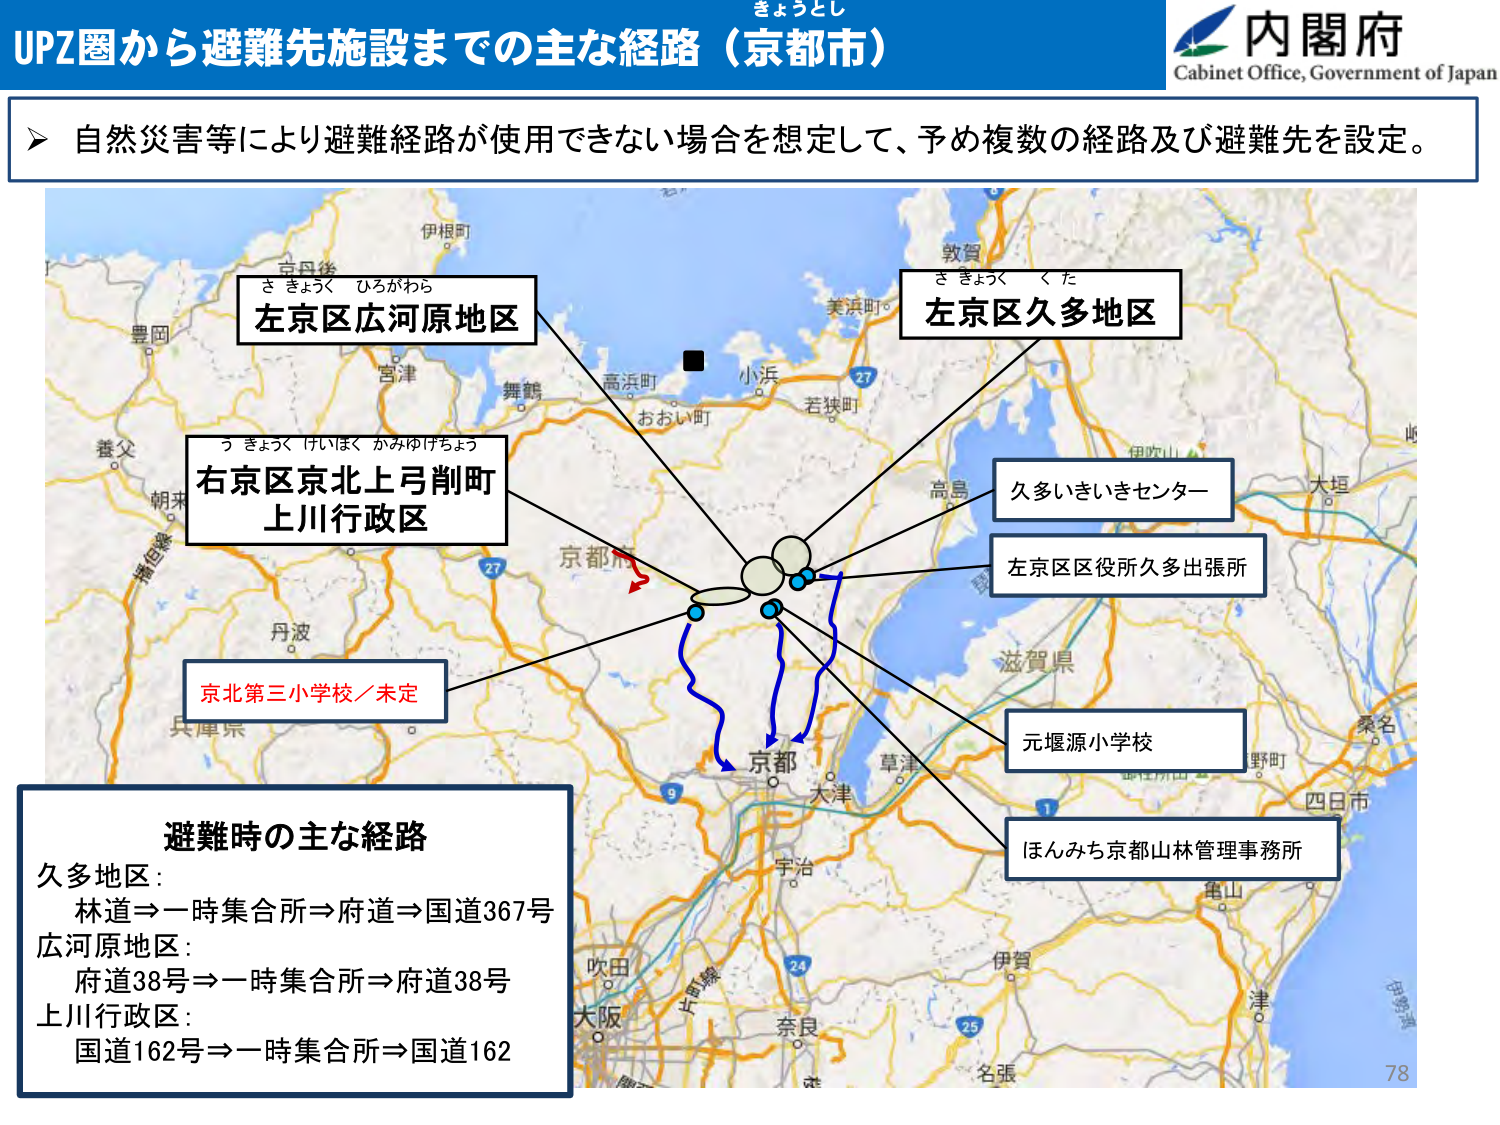
きょうとし
内閣府
Cabinet Office, Government of Japan
UPZ圏から避難先施設までの主な経路（京都市）
➤ 自然災害等により避難経路が使用できない場合を想定して、予め複数の経路及び避難先を設定。
さきょうく ひろがわら
左京区広河原地区
さきょうく くた
左京区久多地区
うきょうく けいほく かみゆけちょう
右京区京北上弓削町
上川行政区
久多いきいきセンター
左京区区役所久多出張所
京北第三小学校／未定
元堰源小学校
ほんみち京都山林管理事務所
避難時の主な経路
久多地区：
林道⇒一時集合所⇒府道⇒国道367号
広河原地区：
府道38号⇒一時集合所⇒府道38号
上川行政区：
国道162号⇒一時集合所⇒国道162
78